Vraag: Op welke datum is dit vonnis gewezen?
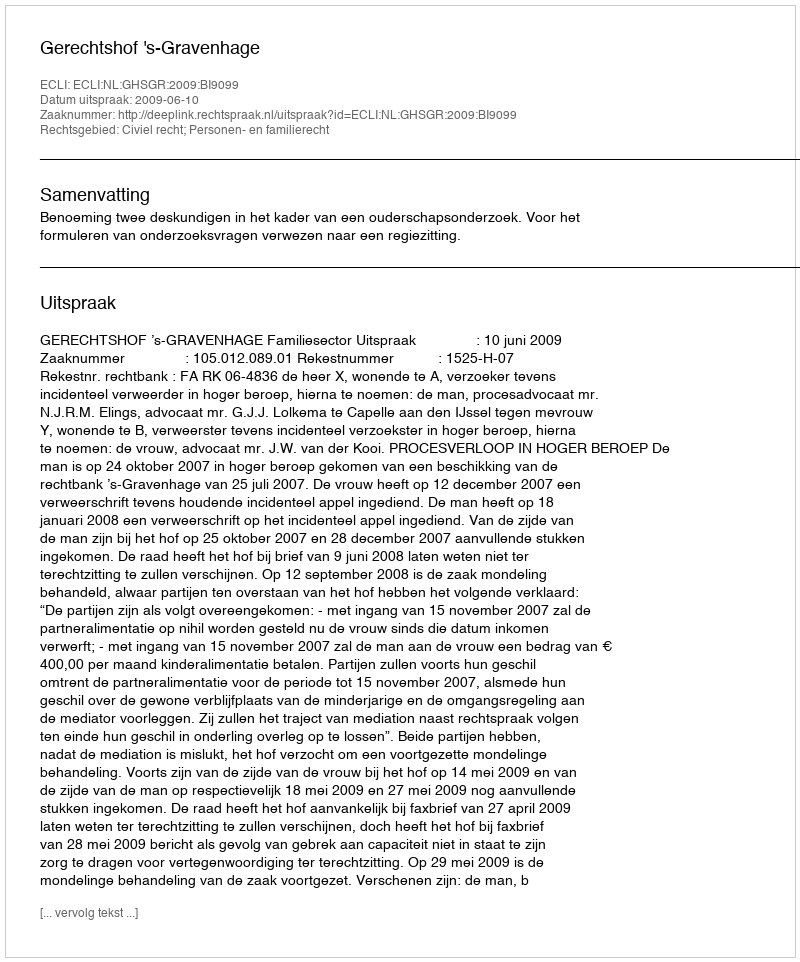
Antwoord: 2009-06-10